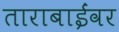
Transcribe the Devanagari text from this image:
ताराबाईंवर